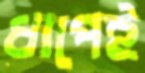
ধাপেই